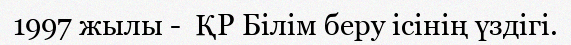
1997 жылы -  ҚР Білім беру ісінің үздігі.